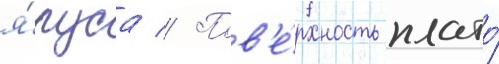
я́руса // Пов'е́рхность плато́